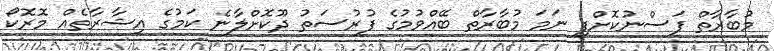
މުބާރާތް ފަސްނުކޮށްފި ނަމަ މުބާރާތް ބޭއްވުމުގެ ފުރުސަތު ދޫކޮށްލާނެ ކަމުގެ އިޝާރާތެއް މޮރޮކޯ